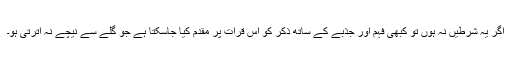
اگر یہ شرطیں نہ ہوں تو کبھی فہم اور جذبے کے ساتھ ذکر کو اس قرأت پر مقدم کیا جاسکتا ہے جو گلے سے نیچے نہ اترتی ہو۔